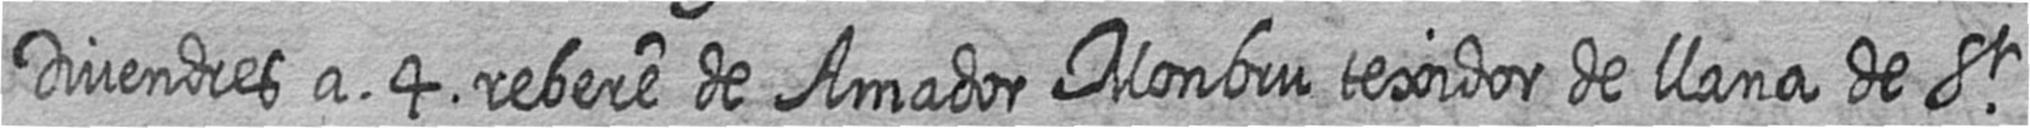
Divendres a 4 rebere de Amador Monbru texidor de llana de St